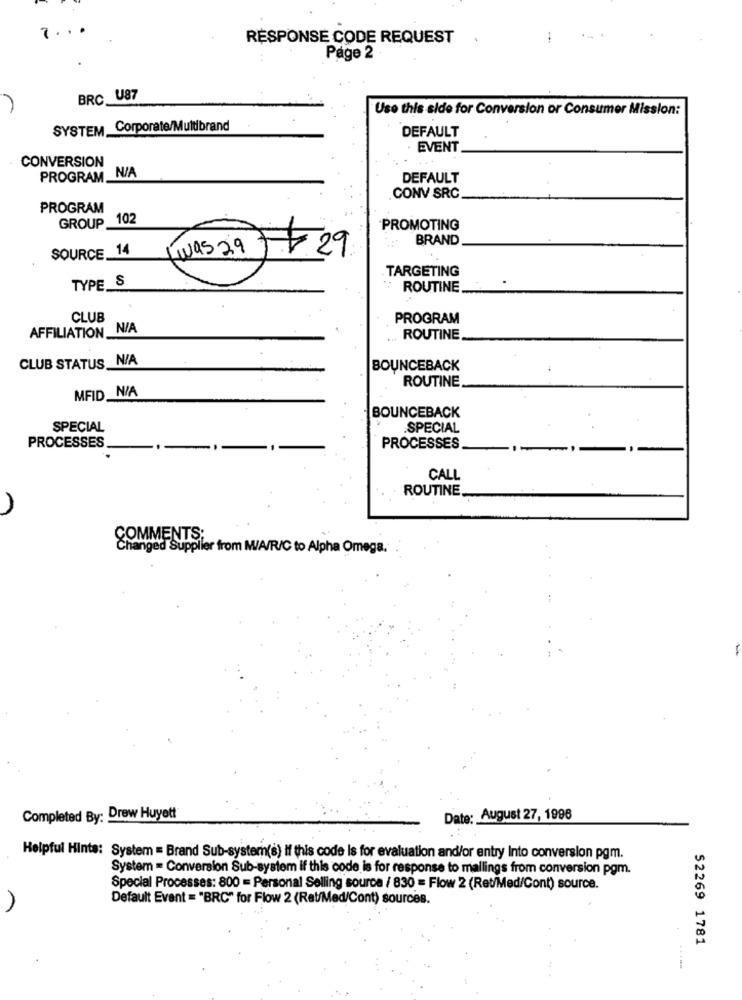
7 . . .
RESPONSE CODE REQUEST
Page 2
BRC U87
Use this side for Conversion or Consumer Mission:
SYSTEM Corporate/Multibrand
DEFAULT
EVENT
CONVERSION
PROGRAM N/A
DEFAULT
CONV SRC
PROGRAM
GROUP 102
PROMOTING
BRAND
SOURCE_14
Iwas 29 29
TARGETING
TYPE S
ROUTINE
CLUB
PROGRAM
AFFILIATION N/A
ROUTINE
CLUB STATUS_N/A
BOUNCEBACK
ROUTINE
MFID N/A
BOUNCEBACK
SPECIAL
SPECIAL
PROCESSES
PROCESSES
CALL
ROUTINE
OMMENTS;
Changed Supplier from M/A/R/C to Alpha Omega.
Completed By: Drew Huyett
Date: August 27, 1996
Helpful Hints: System = Brand Sub-system(s) if this code Is for evaluation and/or entry Into conversion pgm.
System = Conversion Sub-system if this code is for response to mallings from conversion pgm.
Special Processes: 800 = Personal Selling source / 830 = Flow 2 (Ret/Med/Cont) source.
Default Event = "BRC" for Flow 2 (Rat/Med/Cont) sources.
S2269 1781